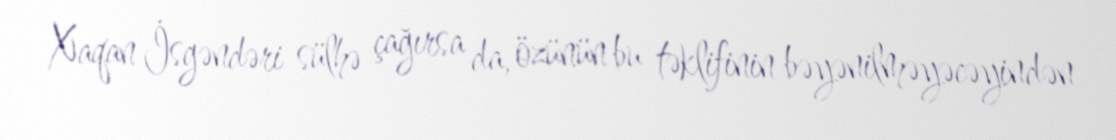
Xaqan İsgəndəri sülhə çağırsa da, özünün bu təklifinin bəyənilməyəcəyindən